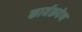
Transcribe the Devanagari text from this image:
कार्यरूपेण